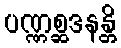
ပဏ္ဏစ္ဆဒနန္တိ